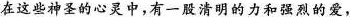
在这些神圣的心灵中，有一股清明的力和强烈的爱，